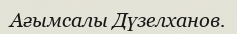
Ағымсалы Дүзелханов.